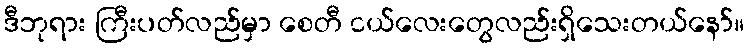
ဒီဘုရား ကြီးပတ်လည်မှာ စေတီ ငယ်လေးတွေလည်းရှိသေးတယ်နော်။